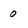
Character: 0